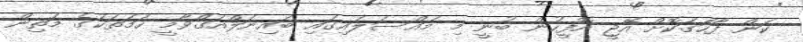
ކަން ފާހަގަކޮށް އޭޖީ އޮފީހުން ބުނީ މި މައްސަލައިގައި ބައިނަލްއަގްވާމީ ހަމަތަކުގެ މަތިން